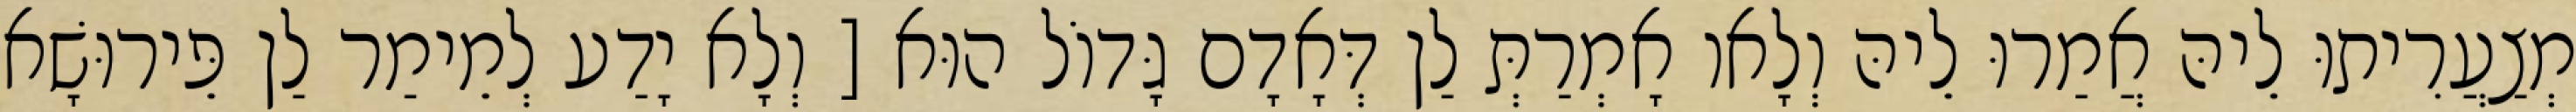
מְצַעֲרִיתוּ לֵיהּ אֲמַרוּ לֵיהּ וְלָאו אָמְרַתְּ לַן דְּאָדָם גָּדוֹל הוּא [ וְלָא יָדַע לְמֵימַר לַן פֵּירוּשָׁא